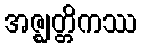
အဇ္ဈတ္တိကဿ